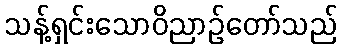
သန့်ရှင်းသောဝိညာဉ်တော်သည်